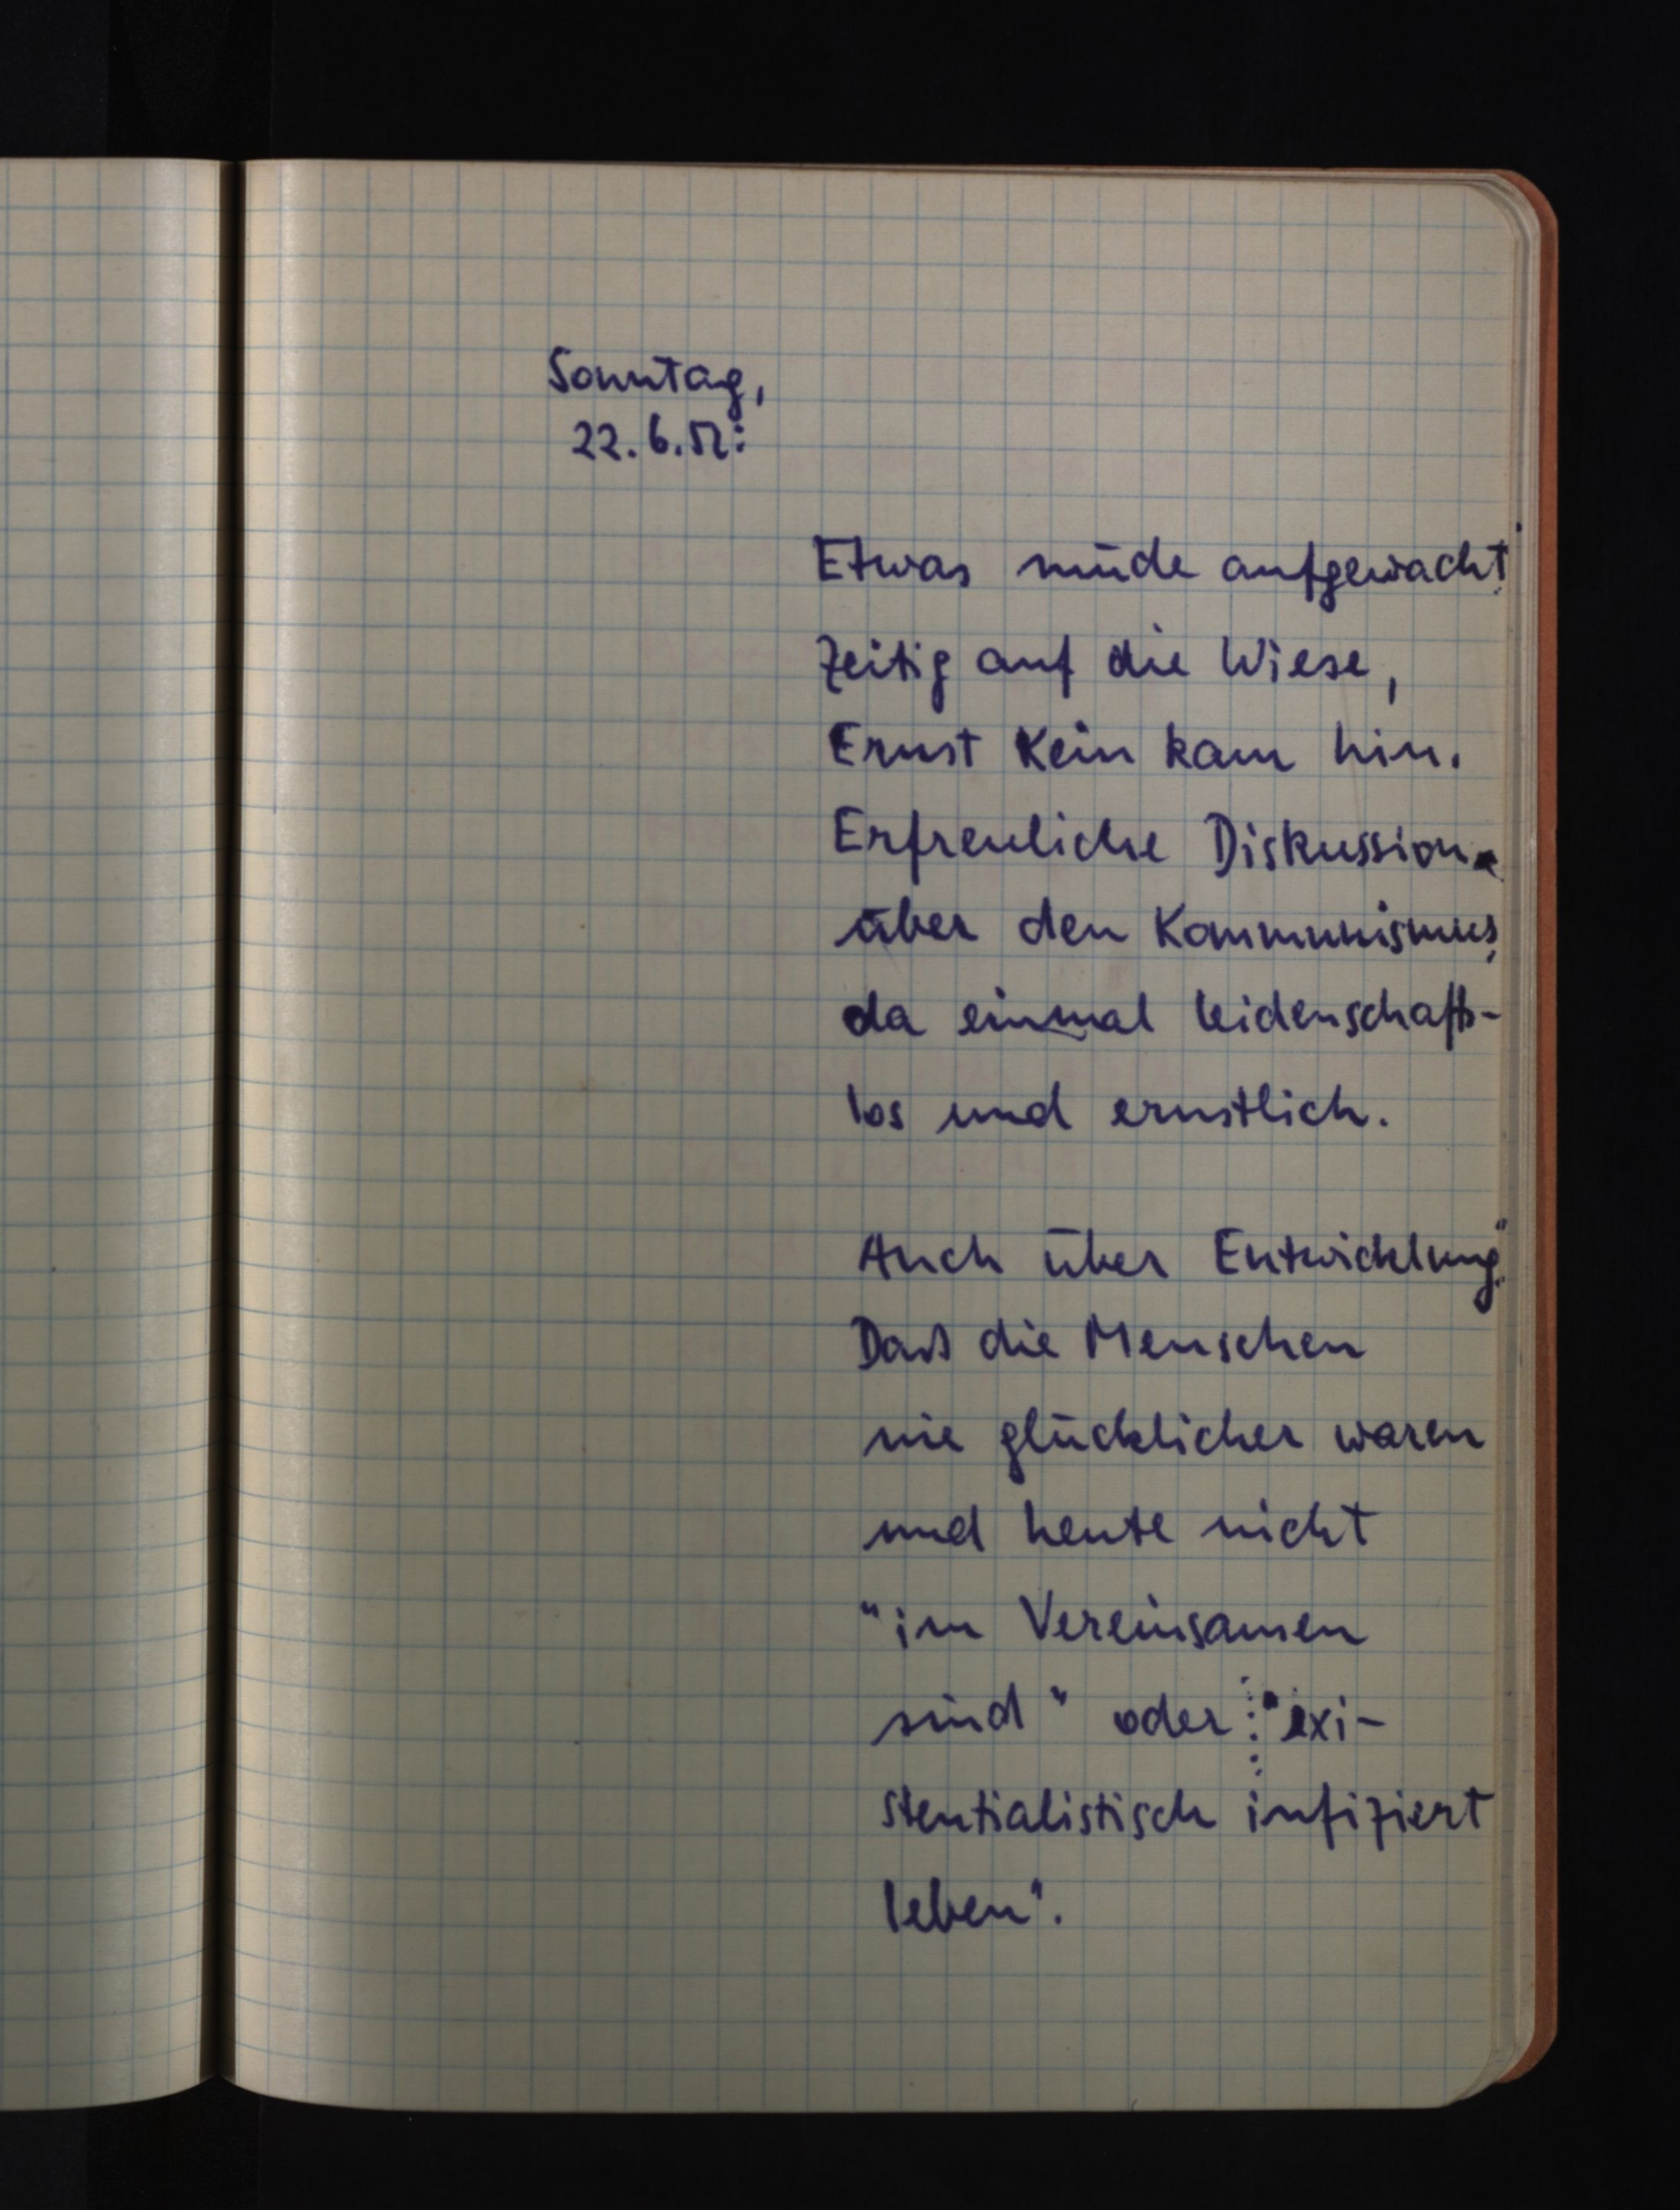
Sonntag,
22.6.52:
Etwas müde aufgewacht.
Zeitig auf die Wiese,
Ernst Kein kam hin.
Erfreuliche Diskussion
über den Kommunismus,
da einmal leidenschafts¬
los und ernstlich.
Auch über Entwicklung.
Daß die Menschen
nie glücklicher waren
und heute nicht
"im Vereinsamen
sind" oder "exi¬
stenzialistisch infiziert
leben".